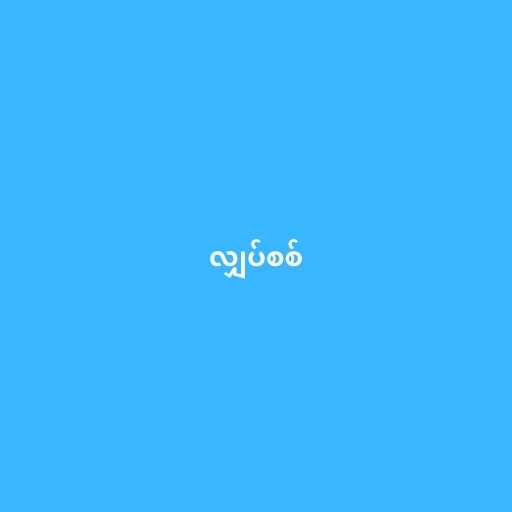
လျှပ်စစ်